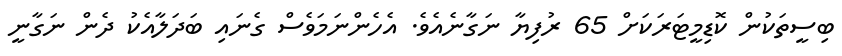
ބިސީތަކުން ކޮޑިމީޓަރަކަށް 65 ރުފިޔާ ނަގާނެއެވެ. އެހެންނަމަވެސް ގެނައި ބަދަލާއެކު ދެން ނަގާނީ